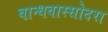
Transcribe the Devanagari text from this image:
बान्धवास्सोदरा